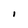
Character: I